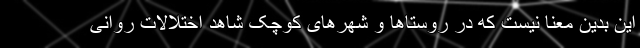
این بدین معنا نیست که در روستاها و شهرهای کوچک شاهد اختلالات روانی